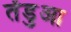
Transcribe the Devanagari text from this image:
तेंडुआ